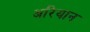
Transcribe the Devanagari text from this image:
अरियान